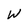
Character: W